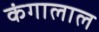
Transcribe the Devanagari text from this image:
कंगालाल